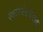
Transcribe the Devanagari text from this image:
स्वारगेटजवळ